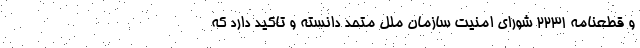
و قطعنامه ۲۲۳۱ شورای امنیت سازمان ملل متحد دانسته و تاکید دارد که